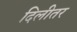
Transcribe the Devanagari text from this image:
दिलीतर